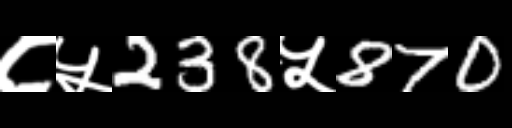
Text: ८५238५870